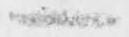
一